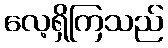
လေ့ရှိကြသည်